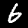
Label: 6